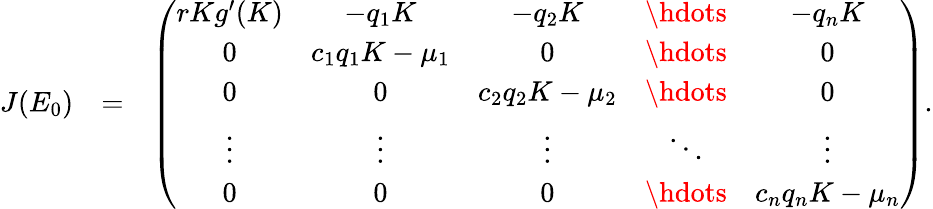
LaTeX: \begin{array}{rlr}{J(E_{0})}&{=}&{\left(\begin{array}{ccccc}{rKg^{\prime}(K)}&{-q_{1}K}&{-q_{2}K}&{\hdots}&{-q_{n}K}\\ {0}&{c_{1}q_{1}K-\mu_{1}}&{0}&{\hdots}&{0}\\ {0}&{0}&{c_{2}q_{2}K-\mu_{2}}&{\hdots}&{0}\\ {\vdots}&{\vdots}&{\vdots}&{\ddots}&{\vdots}\\ {0}&{0}&{0}&{\hdots}&{c_{n}q_{n}K-\mu_{n}}\end{array}\right).}\end{array}